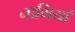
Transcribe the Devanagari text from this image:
नाभियां